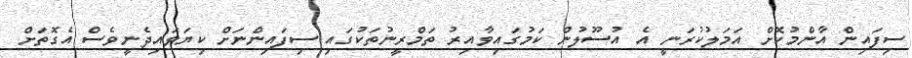
ސިފައިން އާންމުކޮށް އަމަލުކުރަނީ އެ އުސޫލުން ކަމުގައިވާއިރު ތަމްރީނުތަކުގައި ސިފައިންނަށް ކިޔަވައިދެނީވެސް އެގޮތަށް